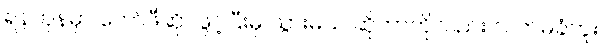
ရန်ကုန်မှာ ကော်ဖီဆိုင်ဖွင့်ပြီးမှ သွားမယ် ဆိုတာကိုလည်း လက်မခံဘူး။